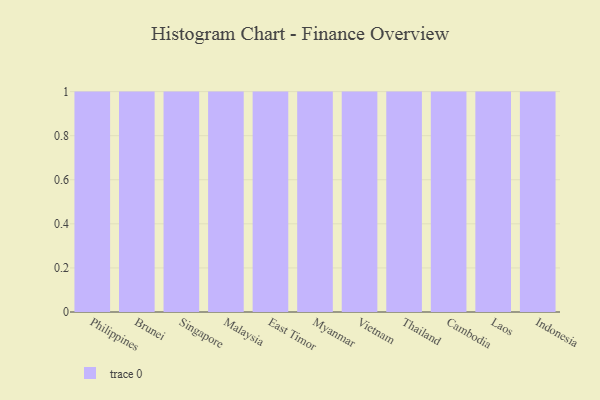
{"axis": {"x": "Country", "y": "Backlog"}, "legend": [""], "data": [{"x": "Philippines", "y": 2, "type": ""}, {"x": "Brunei", "y": 42, "type": ""}, {"x": "Singapore", "y": 88, "type": ""}, {"x": "Malaysia", "y": 57, "type": ""}, {"x": "East Timor", "y": 65, "type": ""}, {"x": "Myanmar", "y": 43, "type": ""}, {"x": "Vietnam", "y": 27, "type": ""}, {"x": "Thailand", "y": 85, "type": ""}, {"x": "Cambodia", "y": 51, "type": ""}, {"x": "Laos", "y": 81, "type": ""}, {"x": "Indonesia", "y": 20, "type": ""}]}